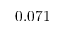
0 . 0 7 1